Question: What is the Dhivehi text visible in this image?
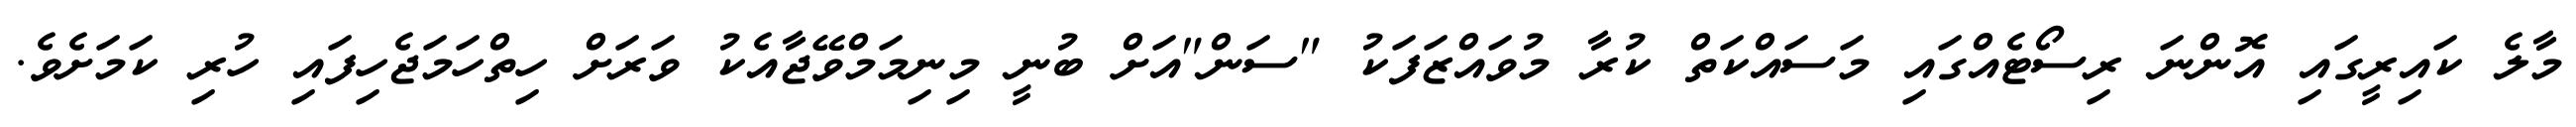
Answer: މާލެ ކައިރީގައި އޮންނަ ރިސޯޓެއްގައި މަސައްކަތް ކުރާ މުވައްޒަފަކު "ސަން"އަށް ބުނީ މިނިމަމްވޭޖާއެކު ވަރަށް ހިތްހަމަޖެހިފައި ހުރި ކަމަށެވެ.